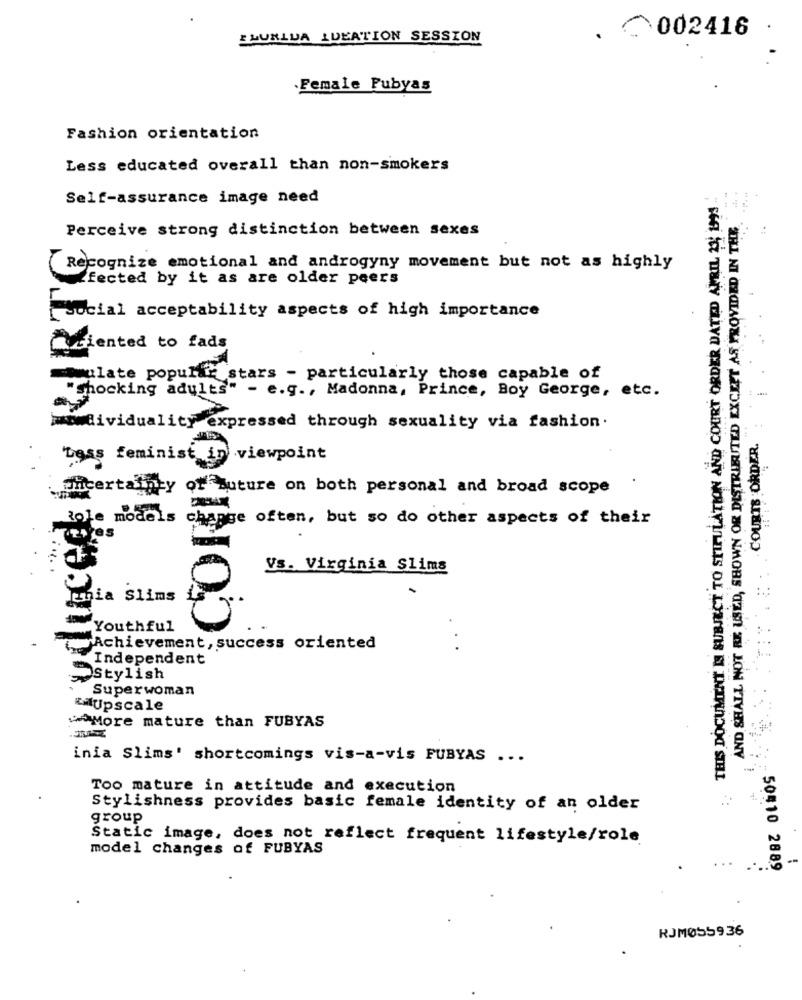
EMURLUA IDEATION SESSION
002416 .
Female Fubyas
Fashion orientation
Less educated overall than non-smokers
THIS DOCUMENT IS SUBJECT TO STIPULATION AND COURT ORDER DATED APRIL 23; 1991 ..
Self-assurance image need
AS PROVIDED IN THE
Perceive strong distinction between sexes
(Recognize emotional and androgyny movement but not as highly
ffected by it as are older peers
AND SHALL NOT BE USED, SHOWN OR DISTRIBUTED EXCEET AS PROV
social acceptability aspects of high importance
Oriented to fads
maulate popular stars - particularly those capable of
"Shocking adults" - e.g ., Madonna, Prince, Boy George, etc.
CORDON
wwwdividuality expressed through sexuality via fashion.
. COURTS ORDER.
"Less feminist in
·viewpoint
uncertainty or Buture on both personal and broad scope
-
Role models
change often, but so do other aspects of their
Vs. Virginia Slims
Sims
Youthful
rAchievement, success oriented
Independent
Stylish
Superwoman
LilUpscale
More mature than FUBYAS
inia Slims' shortcomings vis-a-vis FUBYAS ...
Too mature in attitude and execution
Stylishness provides basic female identity of an older
group
Static image, does not reflect frequent lifestyle/role
model changes of FUBYAS
- 50510 2889
RJM055936